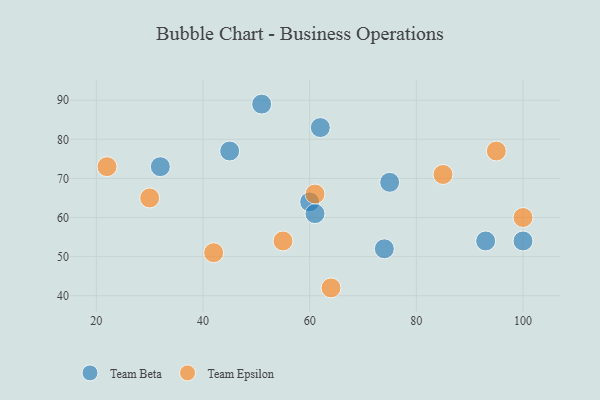
{"axis": {"x": "GDP", "y": "Life Expectancy"}, "legend": ["Team Beta", "Team Epsilon"], "data": [{"x": "100", "y": 54, "type": "Team Beta"}, {"x": "62", "y": 83, "type": "Team Beta"}, {"x": "60", "y": 64, "type": "Team Beta"}, {"x": "74", "y": 52, "type": "Team Beta"}, {"x": "45", "y": 77, "type": "Team Beta"}, {"x": "61", "y": 61, "type": "Team Beta"}, {"x": "75", "y": 69, "type": "Team Beta"}, {"x": "51", "y": 89, "type": "Team Beta"}, {"x": "93", "y": 54, "type": "Team Beta"}, {"x": "32", "y": 73, "type": "Team Beta"}, {"x": "30", "y": 65, "type": "Team Epsilon"}, {"x": "42", "y": 51, "type": "Team Epsilon"}, {"x": "64", "y": 42, "type": "Team Epsilon"}, {"x": "100", "y": 60, "type": "Team Epsilon"}, {"x": "95", "y": 77, "type": "Team Epsilon"}, {"x": "61", "y": 66, "type": "Team Epsilon"}, {"x": "55", "y": 54, "type": "Team Epsilon"}, {"x": "22", "y": 73, "type": "Team Epsilon"}, {"x": "85", "y": 71, "type": "Team Epsilon"}]}